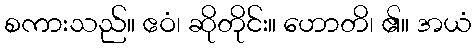
စကားသည်။ ဧဝံ၊ ဆိုတိုင်း။ ဟောတိ၊ ၏။ အယံ